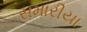
સમારીયા